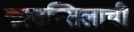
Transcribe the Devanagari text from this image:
काउन्सिलाची